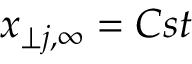
x _ { \perp j , \infty } = C s t